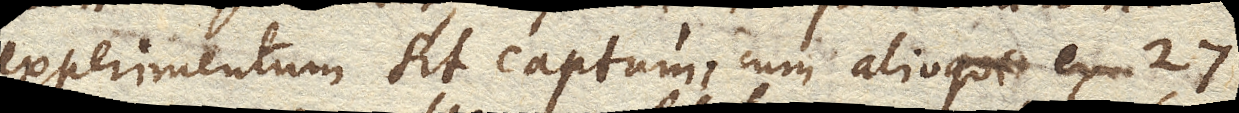
experimentum sit captum, cum alioqui ex 27